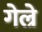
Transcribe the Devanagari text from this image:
गेल्रे